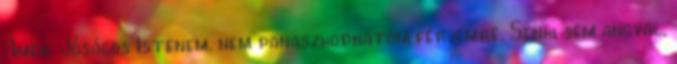
Ámen. Jóságos Istenem, nem panaszkodhatom férjemre. Senki sem angyal,